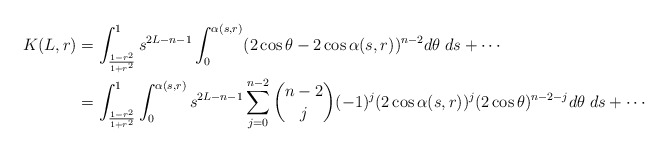
\begin{align*} K(L,r)&=\int_{\frac{1-r^2}{1+r^2}}^{1} s^{2L-n-1}\int_0^{\alpha(s,r)} (2\cos\theta-2\cos\alpha(s,r))^{n-2}d\theta\; ds+\cdots\\ &=\int_{\frac{1-r^2}{1+r^2}}^{1} \int_0^{\alpha(s,r)} s^{2L-n-1} \sum_{j=0}^{n-2} \binom{n-2} {j} (-1)^j (2\cos\alpha(s,r))^j (2\cos\theta)^{n-2-j}d\theta\; ds+\cdots\end{align*}